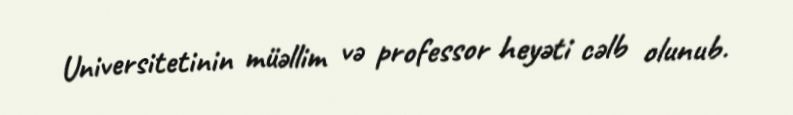
Universitetinin müəllim və professor heyəti cəlb olunub.